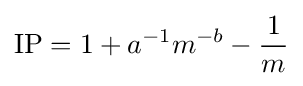
\mathrm {IP} =1+a^{-1}m^{-b}-{\frac {1}{m}}